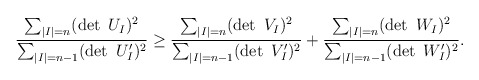
\begin{align*}\frac{\sum_{|I|=n}(\det\ U_I)^2}{\sum_{|I|=n-1}(\det\ U'_I)^2}\ge\frac{\sum_{|I|=n}(\det\ V_I)^2}{\sum_{|I|=n-1}(\det\ V'_I)^2}+\frac{\sum_{|I|=n}(\det\ W_I)^2}{\sum_{|I|=n-1}(\det\ W'_I)^2}.\end{align*}